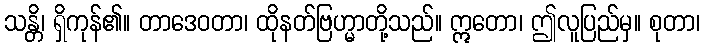
သန္တိ၊ ရှိကုန်၏။ တာဒေဝတာ၊ ထိုနတ်ဗြဟ္မာတို့သည်။ ဣတော၊ ဤလူပြည်မှ။ စုတာ၊